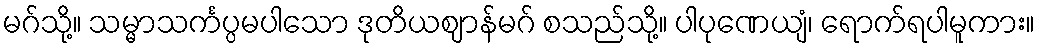
မဂ်သို့။ သမ္မာသင်္ကပ္ပမပါသော ဒုတိယဈာန်မဂ် စသည်သို့။ ပါပုဏေယျံ၊ ရောက်ရပါမူကား။